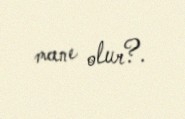
mane olur?.